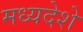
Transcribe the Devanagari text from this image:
मध्यदेशे